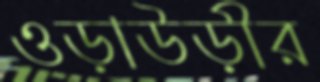
ওড়াউড়ীর